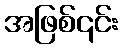
အဖြစ်၎င်း